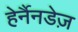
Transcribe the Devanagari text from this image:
हेर्नैनडेज़